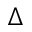
\Delta